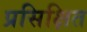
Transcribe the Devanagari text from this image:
प्रसिक्षित